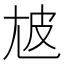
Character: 㝿